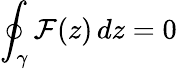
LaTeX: \oint_{\gamma}\mathcal{F}(z)\, dz=0